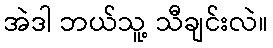
အဲဒါ ဘယ်သူ့ သီချင်းလဲ။